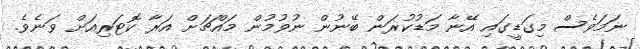
ނަމަވެސް މިގަޑީގައި އޭނާ މަޑުކުރަން ބޭނުން ނުވުމުން މައްޗަށް އަރާ ކޮޓަރިއަށް ވަނެވެ.